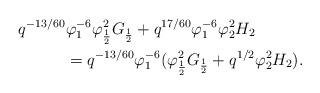
LaTeX: \begin{align*} q^{-13/60}&\varphi_1^{-6}\varphi_\frac{1}{2}^2G_\frac{1}{2}+q^{17/60}\varphi_1^{-6}\varphi_2^2H_2\\ &= q^{-13/60}\varphi_1^{-6}(\varphi_\frac{1}{2}^2G_\frac{1}{2}+q^{1/2}\varphi_2^2H_2).\end{align*}